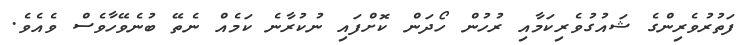
ފަތުރުވެރިންގެ ޝައުގުވެރިކަމާއި ރުހުން ހޯދަން ކޮށްފައި ނުކުރާނެ ކަމެއް ނެތޭ ބުނެވޭހާވެސް ވެއެވެ.